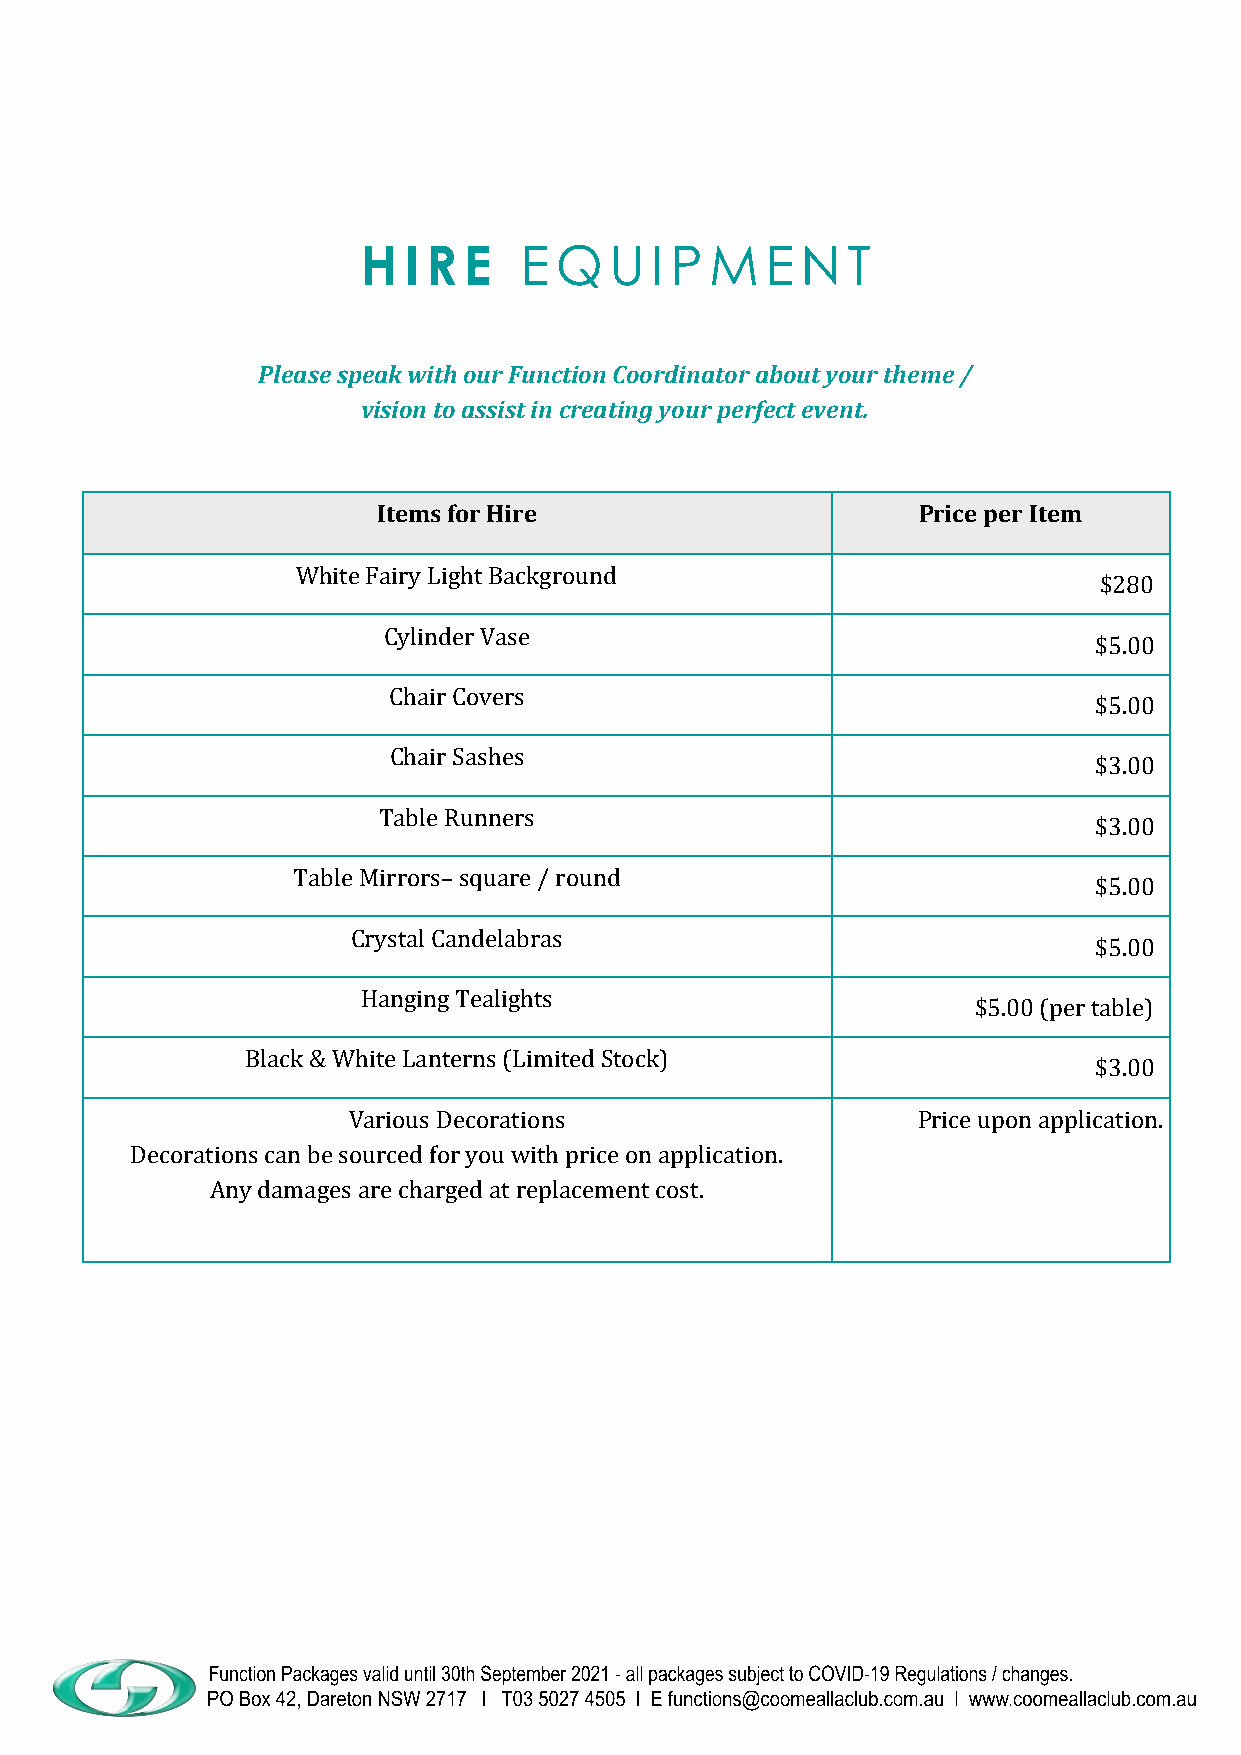
H  I R E  E  Q  U  I P M   E N  T
 Please speak with our Function Coordinator about your theme /
 vision to assist in creating your perfect event.
 Items for Hire                      Price per Item
 White Fairy Light Background
 $280
 Cylinder Vase
 $5.00
 Chair Covers
 $5.00
 Chair Sashes
 $3.00
 Table Runners
 $3.00
 Table Mirrors– square / round
 $5.00
 Crystal Candelabras
 $5.00
 Hanging Tealights
 $5.00 (per table)
 Black & White Lanterns (Limited Stock)
 $3.00
 Various Decorations                   Price upon application.
 Decorations can be sourced for you with price on application.
 Any damages are charged at replacement cost.